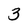
Character: 3